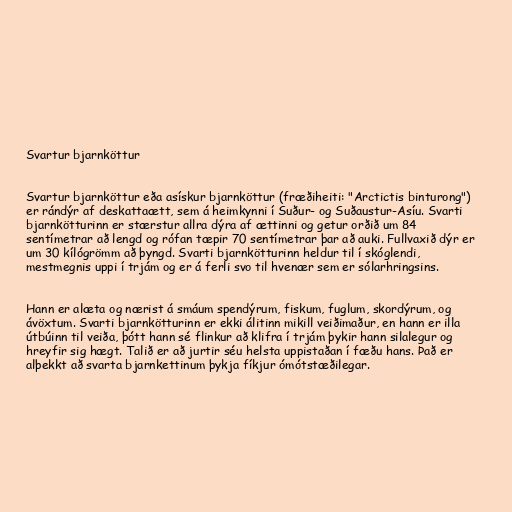
Svartur bjarnköttur

Svartur bjarnköttur eða asískur bjarnköttur (fræðiheiti: "Arctictis binturong")
er rándýr af deskattaætt, sem á heimkynni í Suður- og Suðaustur-Asíu. Svarti
bjarnkötturinn er stærstur allra dýra af ættinni og getur orðið um 84
sentímetrar að lengd og rófan tæpir 70 sentímetrar þar að auki. Fullvaxið dýr er
um 30 kílógrömm að þyngd. Svarti bjarnkötturinn heldur til í skóglendi,
mestmegnis uppi í trjám og er á ferli svo til hvenær sem er sólarhringsins.

Hann er alæta og nærist á smáum spendýrum, fiskum, fuglum, skordýrum, og
ávöxtum. Svarti bjarnkötturinn er ekki álitinn mikill veiðimaður, en hann er illa
útbúinn til veiða, þótt hann sé flinkur að klifra í trjám þykir hann silalegur og
hreyfir sig hægt. Talið er að jurtir séu helsta uppistaðan í fæðu hans. Það er
alþekkt að svarta bjarnkettinum þykja fíkjur ómótstæðilegar.